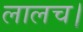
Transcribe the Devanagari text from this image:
लालच।